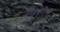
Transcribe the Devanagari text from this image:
पातयंतिक